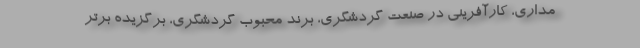
مداری، کارآفرینی در صنعت گردشگری، برند محبوب گردشگری، برگزیده برتر